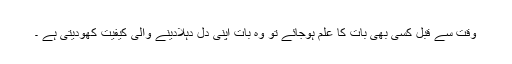
وقت سے قبل کسی بھی بات کا علم ہوجائے تو وہ بات اپنی دل دہلادینے والی کیفیت کھودیتی ہے ۔